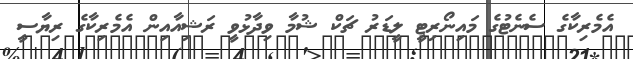
އެމެރިކާގެ ސެނެޓުގެ މައިނޯރިޓީ ލީޑަރު ޗަކް ޝުމާ ވިދާޅުވީ ރަޝިއާއިން އެމެރިކާގެ ރިޔާސީ